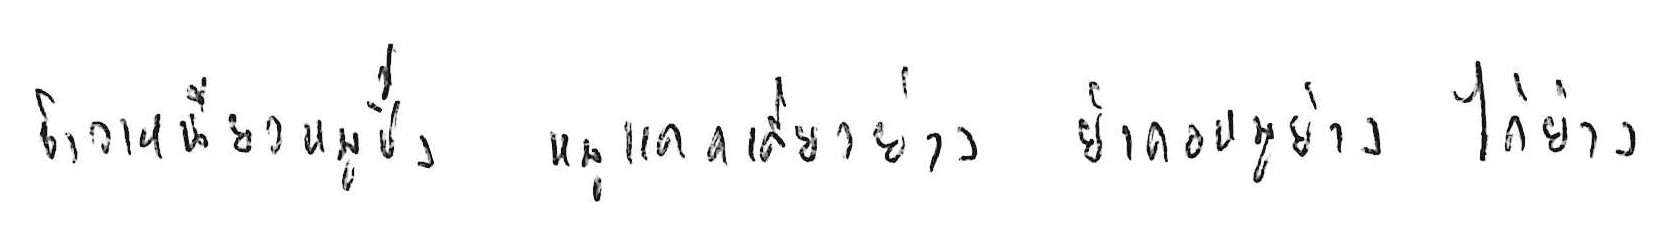
ข้าวเหนียวหมูปิ้ง หมูแดดเดียวย่าง ยำคอหมูย่าง ไก่ย่าง